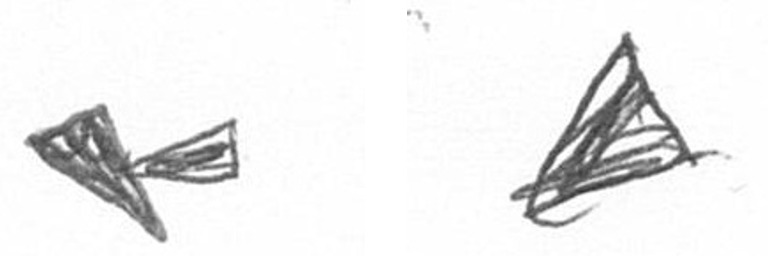
F O